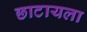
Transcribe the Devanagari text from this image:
छाटायला